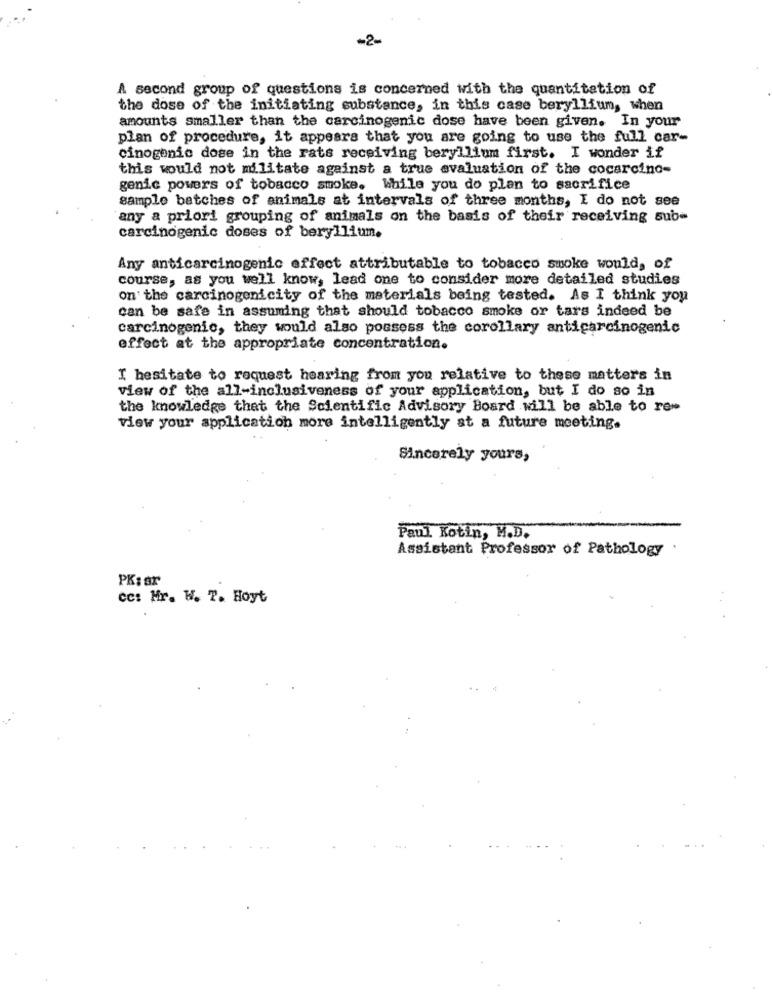
-2-
A second group of questions is concerned with the quantitation of
the dose of the initiating substance, in this case beryllium, when
amounts smaller than the carcinogenic dose have been given. In your
plan of procedure, it appears that you are going to use the full car-
cinogenic dose in the rats receiving beryllium first. I wonder if
this would not militate against a true evaluation of the cocarcino-
genic powers of tobacco smoke. While you do plan to sacrifice
sample batches of animals at intervals of three months, I do not see
any a priori grouping of animals on the basis of their receiving sub-
carcinogenic doses of beryllium.
Any anticarcinogenic effect attributable to tobacco smoke would, of
course, as you well know, lead one to consider more detailed studies
on the carcinogenicity of the materials being tested. As I think you
can be safe in assuming that should tobacco smoke or tars indeed be
carcinogenic, they would also possess the corollary anticarcinogenic
effect at the appropriate concentration.
I hesitate to request hearing from you relative to these matters in
view of the all-inclusiveness of your application, but I do so in
the knowledge that the Scientific Advisory Board will be able to re-
view your application more intelligently st a future meeting.
Sincerely yours,
Paul Kotin, M.D.
Assistant Professor of Pathology
PK: ar
cc: Mr. W. T. Hoyt